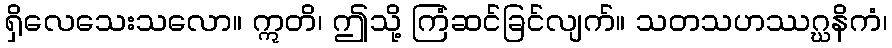
ရှိလေသေးသလော။ ဣတိ၊ ဤသို့ ကြံဆင်ခြင်လျက်။ သတသဟဿဂ္ဃနိကံ၊